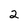
Character: 2